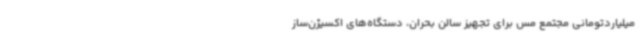
میلیاردتومانی مجتمع مس برای تجهیز سالن بحران، دستگاه‌های اکسیژن‌ساز